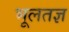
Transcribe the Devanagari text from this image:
भूलतज्ञ